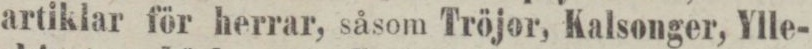
artiklar för herrar, såsom Tröjor, Kalsonger, Ylle-